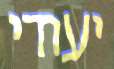
יעודי